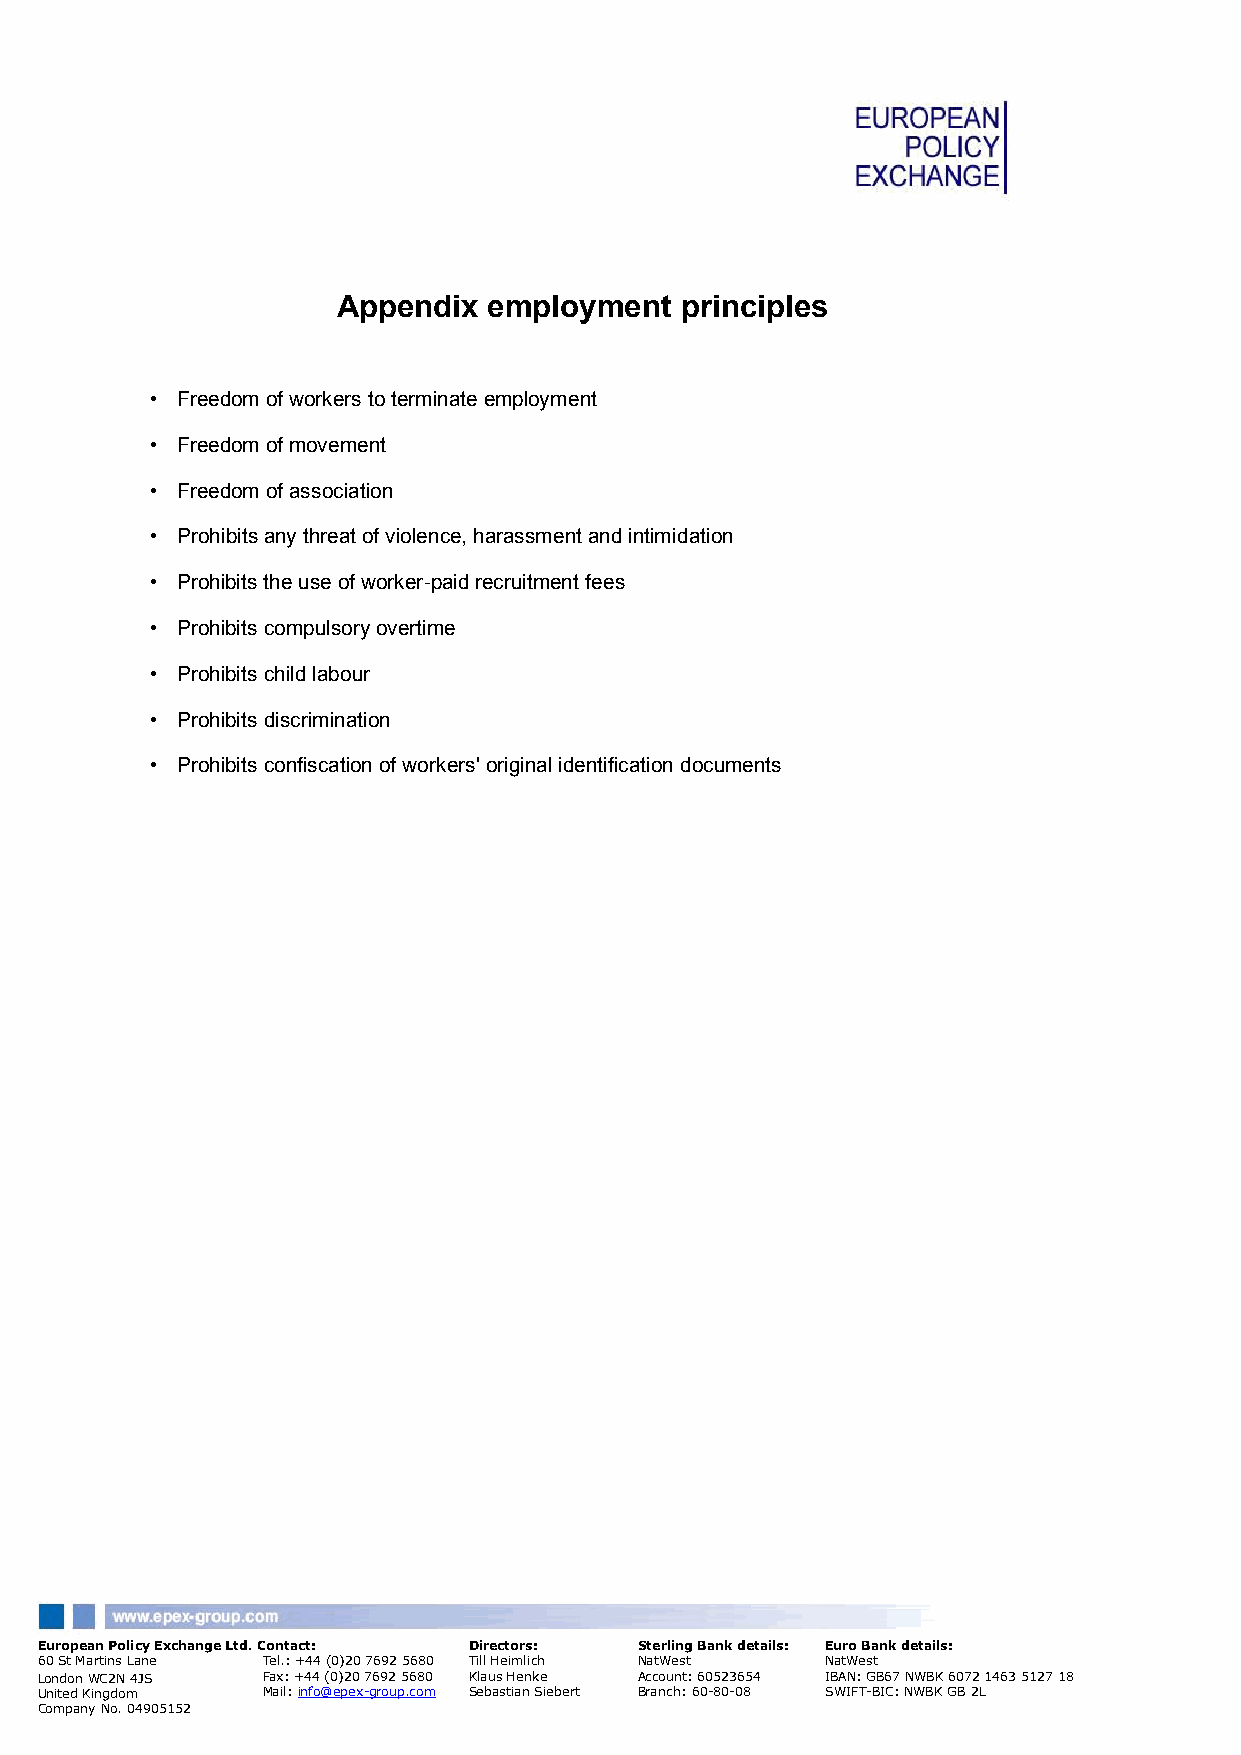
Appendix  employment   principles
 • Freedom of workers to terminate employment
 • Freedom of movement
 • Freedom of association
 • Prohibits any threat of violence, harassment and intimidation
 • Prohibits the use of worker-paid recruitment fees
 • Prohibits compulsory overtime
 • Prohibits child labour
 • Prohibits discrimination
 • Prohibits confiscation of workers' original identification documents
 European Policy Exchange Ltd. Contact: Directors: Sterling Bank details: Euro Bank details:
 60 St Martins Lane Tel.: +44 (0)20 7692 5680 Till Heimlich NatWest NatWest
 London WC2N 4JS Fax: +44 (0)20 7692 5680 Klaus Henke Account: 60523654 IBAN: GB67 NWBK 6072 1463 5127 18
 United Kingdom Mail: info@epex-group.com Sebastian Siebert Branch: 60-80-08 SWIFT-BIC: NWBK GB 2L
 Company No. 04905152